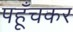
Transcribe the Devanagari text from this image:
पहूँचकर